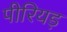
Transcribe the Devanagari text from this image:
पीरियड़